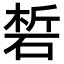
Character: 𥓊